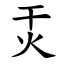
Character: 㶣